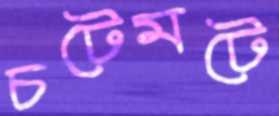
চটেমটে